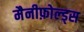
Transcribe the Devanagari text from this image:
मैनीफ़ोल्ड्स